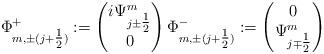
LaTeX: \begin{align*}\Phi^+_{m,\pm(j+\tfrac{1}{2})}:=\begin{pmatrix}i\Psi^{m}_{j\pm\tfrac{1}{2}}\\ 0\end{pmatrix}\Phi^-_{m,\pm(j+\tfrac{1}{2})}:=\begin{pmatrix}0 \\ \Psi^{m}_{j\mp \tfrac{1}{2}} \end{pmatrix}\end{align*}